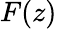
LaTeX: F(z)